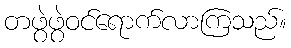
တဖွဲဖွဲဝင်ရောက်လာကြသည်။